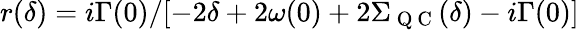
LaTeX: r(\delta)=i\Gamma(0)/[-2\delta+2\omega(0)+2\Sigma_{\mathrm{~Q~C~}}(\delta)-i\Gamma(0)]